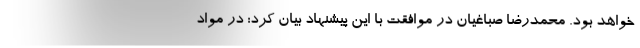
خواهد بود. محمدرضا صباغیان در موافقت با این پیشنهاد بیان کرد: در مواد